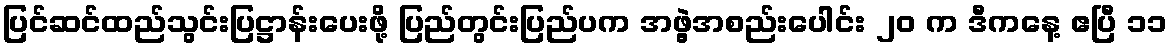
ပြင်ဆင်ထည်သွင်းပြဋ္ဌာန်းပေးဖို့ ပြည်တွင်းပြည်ပက အဖွဲ့အစည်းပေါင်း ၂၀ က ဒီကနေ့ ဧပြီ ၁၁